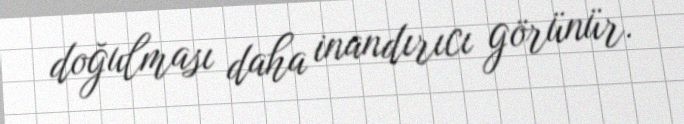
doğulması daha inandırıcı görünür.